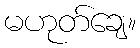
မဟုတ်ချေ။